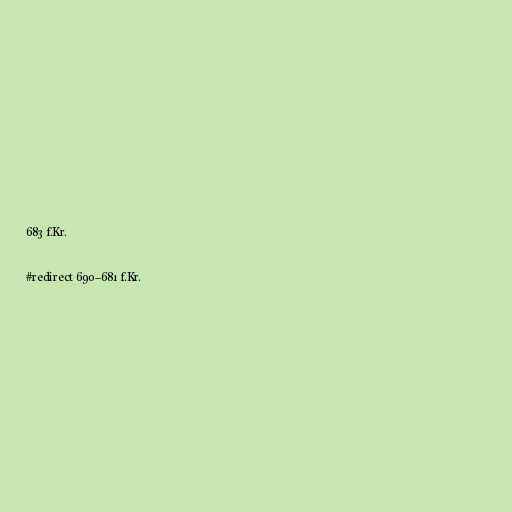
683 f.Kr.

#redirect 690–681 f.Kr.